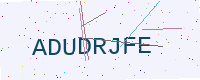
Text: ADUDRJFE